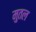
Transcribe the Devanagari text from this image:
मुतल